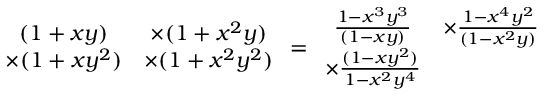
\begin{array} { c c } { ( 1 + x y ) } & { \times ( 1 + x ^ { 2 } y ) } \\ { \times ( 1 + x y ^ { 2 } ) } & { \times ( 1 + x ^ { 2 } y ^ { 2 } ) } \end{array} = \begin{array} { c c } { \frac { 1 - x ^ { 3 } y ^ { 3 } } { ( 1 - x y ) } } & { \times \frac { 1 - x ^ { 4 } y ^ { 2 } } { ( 1 - x ^ { 2 } y ) } } \\ { \times \frac { ( 1 - x y ^ { 2 } ) } { 1 - x ^ { 2 } y ^ { 4 } } } & \end{array}